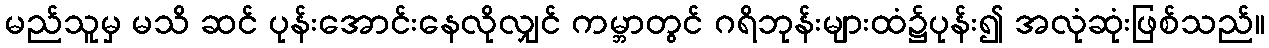
မည်သူမှ မသိ ဆင် ပုန်းအောင်းနေလိုလျှင် ကမ္ဘာတွင် ဂရိဘုန်းများထံ၌ပုန်း၍ အလုံဆုံးဖြစ်သည်။